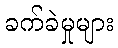
ခက်ခဲမှုများ